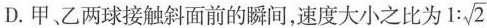
D.甲、乙两球接触斜面前的瞬间，速度大小之比为1: \sqrt{2}